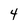
Character: 4